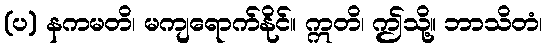
(ပ) နကမတိ၊ မကျရောက်နိုင်။ ဣတိ၊ ဤသို့။ ဘာသိတံ၊